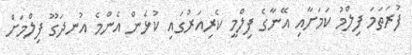
ފުރަތަމަ ފިލްމު ކަމަށާއި އޭނާގެ ފިލްމީ ކެރިއަރުގައި ކުޅެން އެންމެ އުނދަގޫ ފިލްމަށް